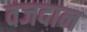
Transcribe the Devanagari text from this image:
वजदान